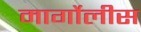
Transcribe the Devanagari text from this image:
मार्गोलीस